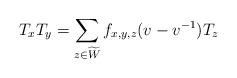
LaTeX: \begin{align*}T_x T_y = \sum_{z\in \widetilde W}f_{x,y,z}(v-v^{-1})T_z\end{align*}